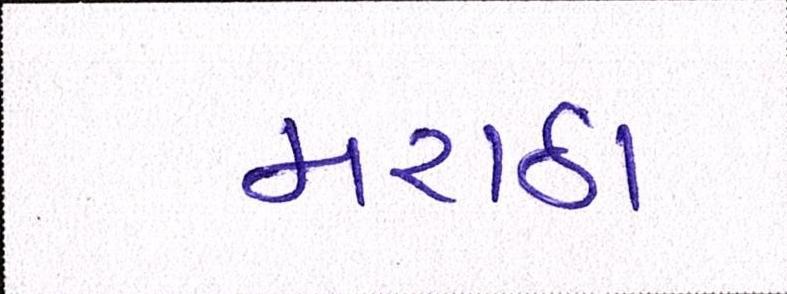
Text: મરાઠા